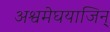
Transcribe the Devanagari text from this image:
अश्वमेघयाजिन्